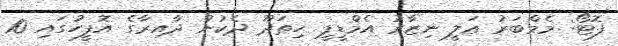
ފޮޓޯ: މެމްބަރު ޢަލީ ނިޒާރު އެމްޑީޕީ ހިތަދޫ ދެކުނު ދާއިރާގެ އޮފީހުގައި 10